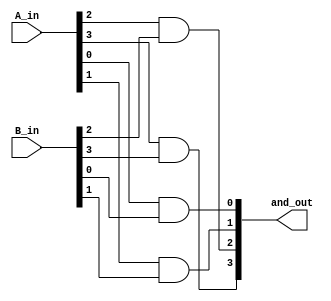
module four_bit_and(
    input [3:0] A_in,
    input [3:0] B_in,
    output [3:0] and_out
    );
    
    and g1(and_out[0],A_in[0],B_in[0]);

    and g2(and_out[1],A_in[1],B_in[1]);

    and g3(and_out[2],A_in[2],B_in[2]);

    and g4(and_out[3],A_in[3],B_in[3]);

endmodule